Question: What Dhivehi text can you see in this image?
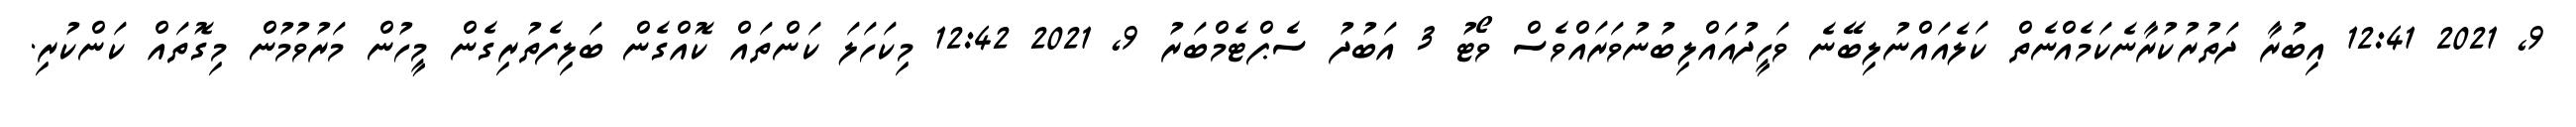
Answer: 9, 2021 12:41 އިބުރާ ދަތުރުކުރާނެކަމެއްނެތް ކަލެއައްނުލިބޭނެ ވަހީދުއައްލިބުނުވަރައްވެސް ވޯޓު 3 އަބުދު ސެޕްޓެމްބަރު 9, 2021 12:42 މިކަހަލަ ކަންތައް ކޮއްގެން ބަލިފެތުރިގެން މީހުން މަރުވުމުން މިގޮތައް ކަންކުރި.